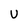
Character: U